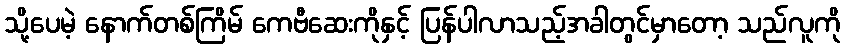
သို့ပေမဲ့ နောက်တစ်ကြိမ် ကေဗီဆေးကိုနှင့် ပြန်ပါလာသည့်အခါတွင်မှာတော့ သည်လူကို